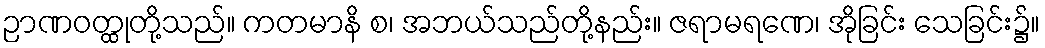
ဉာဏဝတ္ထုတို့သည်။ ကတမာနိ စ၊ အဘယ်သည်တို့နည်း။ ဇရာမရဏေ၊ အိုခြင်း သေခြင်း၌။